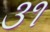
૩૧